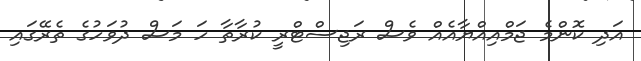
އަދި ކޮންމެ ޖަމްއިއްޔާއެއް ވެސް ރަޖިސްޓްރީ ކުރާތާ ހަ މަސް ދުވަހުގެ ތެރޭގައި